Suure-Kopu_vallavalitsus, lk 21
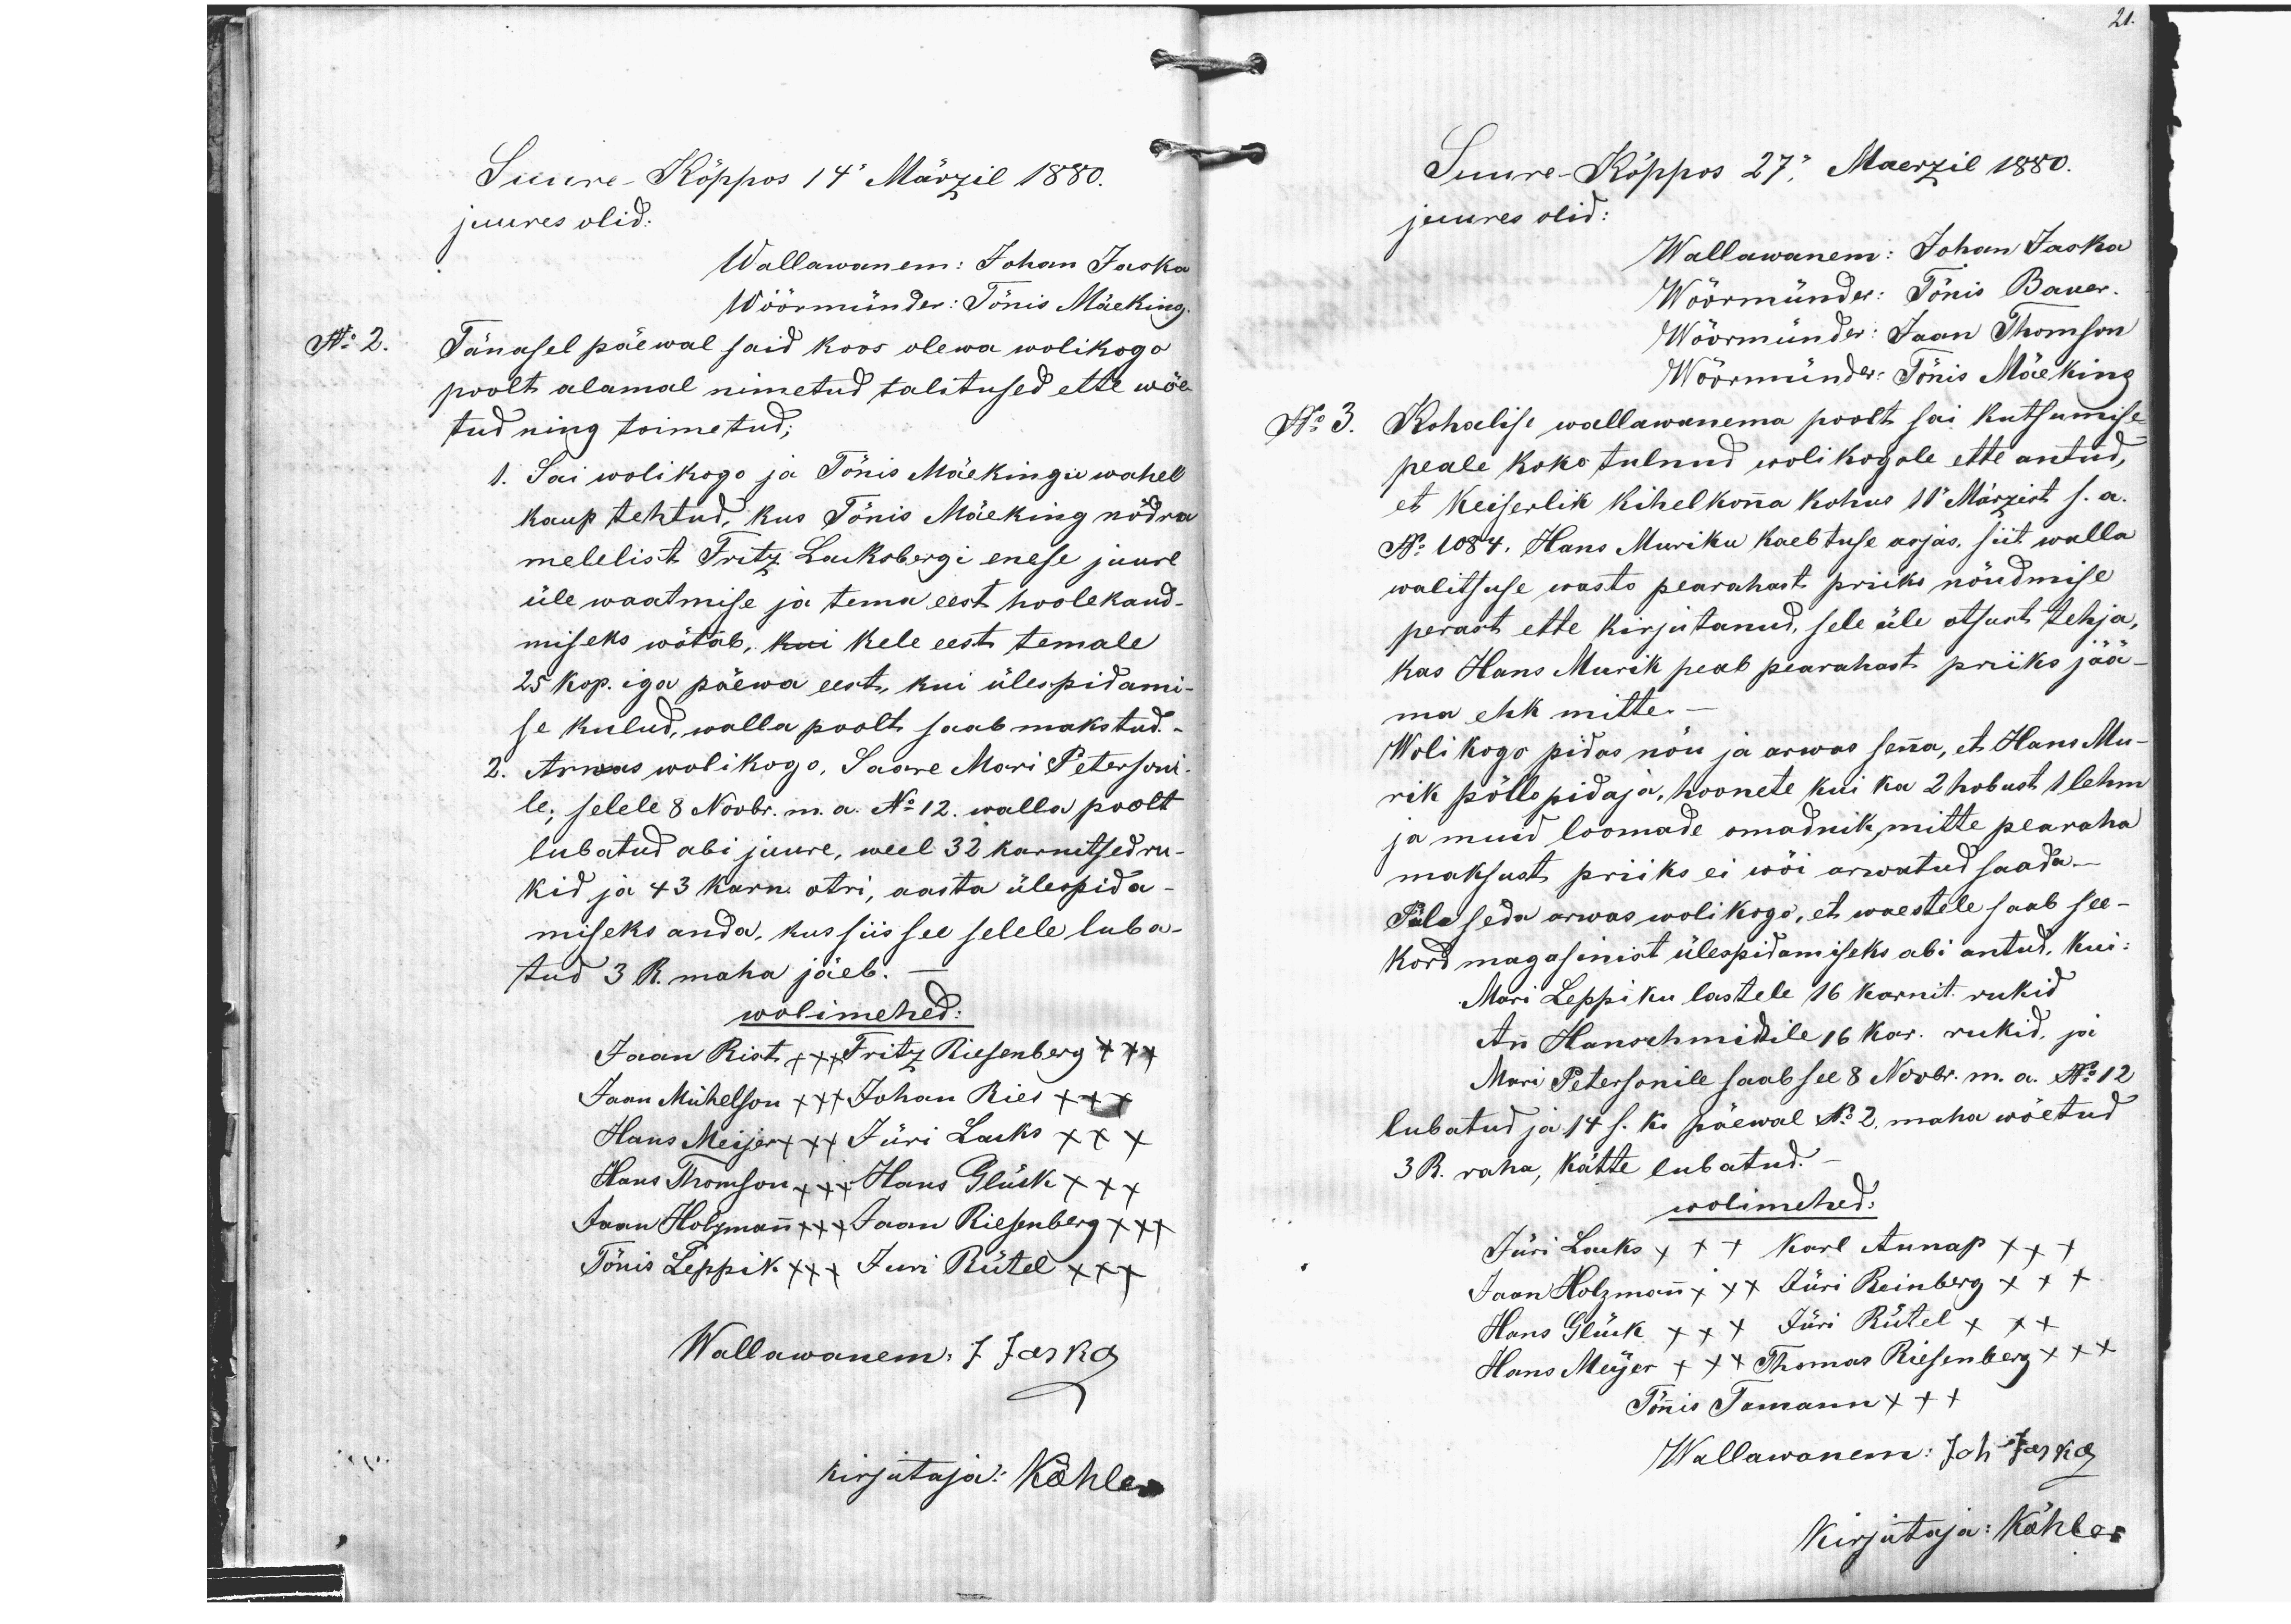
Suure Kõppos 14. Märzil 1880.
juures olid.
Wallawanem: Johan Jaska
Wöörmünder: Tõnis Mäeking.
N: 2.
Tänasel päewal said koos olewa wolikogo
poolt alamal nimetud talitused ette wõe-
tud ning toimetud;
1. Sai wolikogo ja Tõnis Mäekingu wahel
kaup tehtud, kus Tõnis Mäeking nõdra
melelist Fritz Lackbergi enese juure
üle waatmise ja tema eest hoolekand-
miseks wõtab, kui kele eest temale
25 kop. iga päewa eest, kui ülespidami-
se kulud, walla poolt saab makstud.
2. Arwas wolikogo, Saare Mari Petersoni
le, selele 8 Novbr. m. a. No 12. walla poolt
lubatud abi juure, weel 32 karnitsed ru-
kid ja 43 karn. otri, aasta ülespida-
miseks anda, kus siis see selele luba-
tud 3 R. maha jäeb.-
wolimehed:
Jaan Rist +++ Fritz Riesenberg xxx
Jaan Mühelson xxx Johan Ries +++
Hans Meijer +x+ Jüri Lacks xxx
Hans Thomson +++ Hans Glück xxx
Jaan Holzmann +++ Jaan Riesenberg xxx
Tõnis Leppik xxx Juri Rütel xx+
Wallawanem J Jaska
kirjutaja: Köhler

21.
Suure-Kõppos 27. Maerzil 1880.
juures olid:
Wallawanem: Johan Jaska
Wöörmünde: Tõnis Bauer
Wöörmünder: Jaan Thomson
Wöörmünder: Tõnis Mäeking
No 3. Kohalise wallawanema poolt sai kutsumise
peale koko tulnud wolikogole ette antud,
et Keiserlik kihelkona kohus 11. Märzist s.a.
No 1084. Hans Muriku kaebtuse asjas, siit walla
walitsuse wasto pearahast priiks nõudmise
perast ette kirjutanud, sele üle otsust tehja,
kas Hans Murik peab pearahast priiks jää-
ma ehk mitte.
Woli kogo pidas nõu ja arwas senna, et Hans Mu-
rik põllo pidaja, hoonete kui ka 2 hobust, 1 lehm
ja muid loomade omadnik, mitte pearaha
maksust priiks ei wõi arwatud saada-
Päle seda arwas wolikogo, et waestele saab see-
kord magasinist ülespidamiseks abi antud, kui:
Mari Leppiku lastele 16 karnit. rukid
Ann Hanschmidile 16 kar. rukid, ja
Mari Petersonile saab see 8 Novbr. m.a. No 12
lubatud ja 14 s. k. päewal No 2, maha wõetud.
3 R. raha, kätte lubatud.
wolimehed:
Jüri Lacks x++ Karl Aunap xxx
Jaan Holzman xxx Jüri Reinberg xxx
Hans Glück +xx Jüri Rütel xx+
Hans Meijer +xx Thomas Riesenberg xxx
Tõnis Tamann x++
Wallawanem: Joh Jaska
Kirjutaja: Köhler